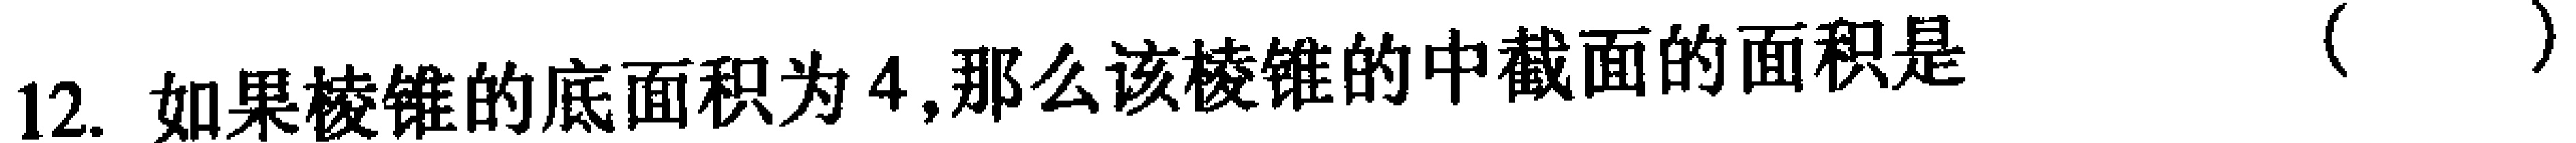
12. 如果棱锥的底面积为4,那么该棱锥的中截面的面积是（  ）